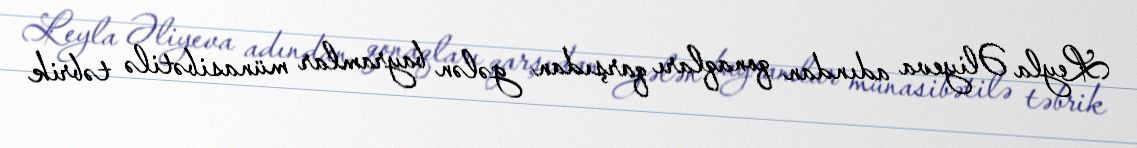
Leyla Əliyeva adından qonaqları qarşıdan gələn bayramlar münasibətilə təbrik